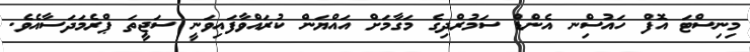
މިނިސްޓަ އޮފް ހައުސިްނ އެންޑް ސަމުރްދިގެ މަގާމަށް އައްޔަން ކުރައްވާފައިވަނީ ސަޖީތަ ޕްރެމަދަސާއެވެ.